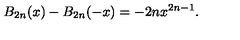
B _ { 2 n } ( x ) - B _ { 2 n } ( - x ) = - 2 n x ^ { 2 n - 1 } .